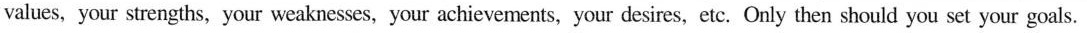
values, your strengths, your weaknesses, your achievements, your desires, etc. Only then should you set your goals.